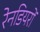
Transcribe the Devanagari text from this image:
रेनडियरों